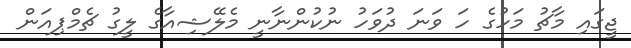
ޖީގައި މާޗު މަހުގެ ހަ ވަނަ ދުވަހު ނުކުންނާނީ މެލޭޝިއާގެ ލީގު ޗެމްޕިއަން